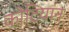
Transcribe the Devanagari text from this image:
कोटियान